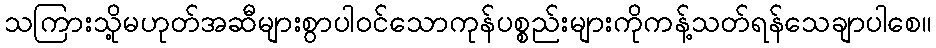
သကြားသို့မဟုတ်အဆီများစွာပါဝင်သောကုန်ပစ္စည်းများကိုကန့်သတ်ရန်သေချာပါစေ။